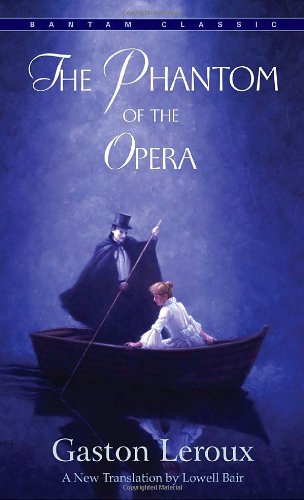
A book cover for The Phantom of the Opera (Bantam Classics); Gaston Leroux; Literature & Fiction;